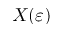
X ( \varepsilon )